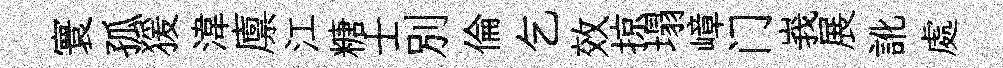
寰孤猨湋廪江糖士别倫乞效掠塌嶂门峩展訛處